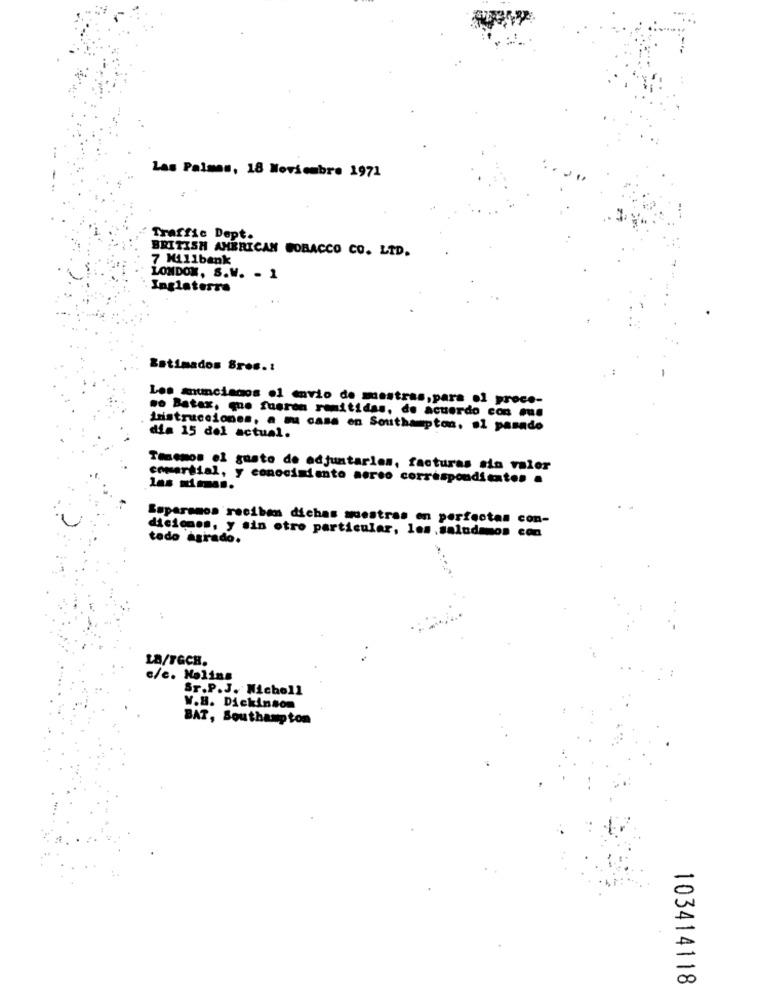
Las Palmas, 18 Noviembre 1971
Traffic Dept.
BRITISH AMERICAN BOBACCO CO. LTD.
7 Millbank
LONDON, S.W. - 1
Inglaterra
Estimados Sres .:
Les anunciados ol envio de mestras,para ol proce-
wo Batax, que fueron remitidas, de acuerdo con mue
Instrucciones, a su casa en Southampton, el pasado
dia 15 del actual.
Tenemos el gusto de adjuntarles, facturas sin valor
comartial, y conocimiento aereo correspondiente. .
las simss.
Esperamos reciben dichas muestras en perfectas con-
diciones, y sin otro particular, les. saludamos con
todo agrado.
LB/FGCH.
c/c. Molins
Sr.P.J. Nicholl
W.B. Dickinson
BAT, Southampton
103414118